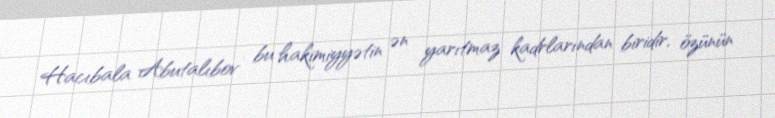
Hacıbala Abutalıbov bu hakimiyyətin ən yarıtmaz kadrlarından biridir, özünün